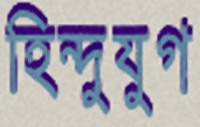
হিন্দুযুগ